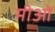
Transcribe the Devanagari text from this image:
मीओं